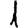
Digit: 1